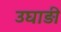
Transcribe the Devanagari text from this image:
उघाड़ी